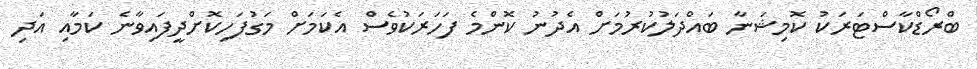
ބްރޯޑްކާސްޓަރަކު ކޮމިޝަނާ ބައްދަލުކުރުމަށް އެދުނު ކޮންމެ ފަހަރަކުވެސް އެކަމަށް މަގުފަހިކޮށްދީފައިވާނެ ކަމާއި އަދި